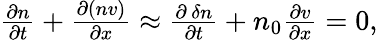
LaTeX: \begin{array}{r}{\frac{\partial n}{\partial t}+\frac{\partial(nv)}{\partial x}\approx\frac{\partial\, \delta n}{\partial t}+n_{0}\frac{\partial v}{\partial x}=0,}\end{array}